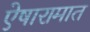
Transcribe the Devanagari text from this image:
ऐषारामात